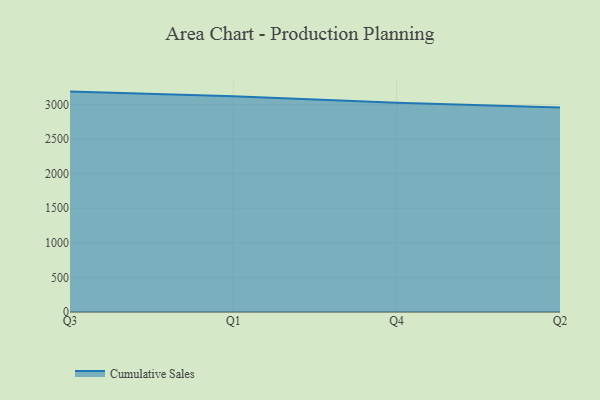
{"axis": {"x": "Quarter", "y": "Shipments"}, "legend": ["Cumulative Sales"], "data": [{"x": "Q3", "y": 3187.6, "type": "Cumulative Sales"}, {"x": "Q1", "y": 3122.0, "type": "Cumulative Sales"}, {"x": "Q4", "y": 3027.1, "type": "Cumulative Sales"}, {"x": "Q2", "y": 2956.4, "type": "Cumulative Sales"}]}